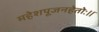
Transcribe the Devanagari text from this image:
महेशपूजनहेतोः।।